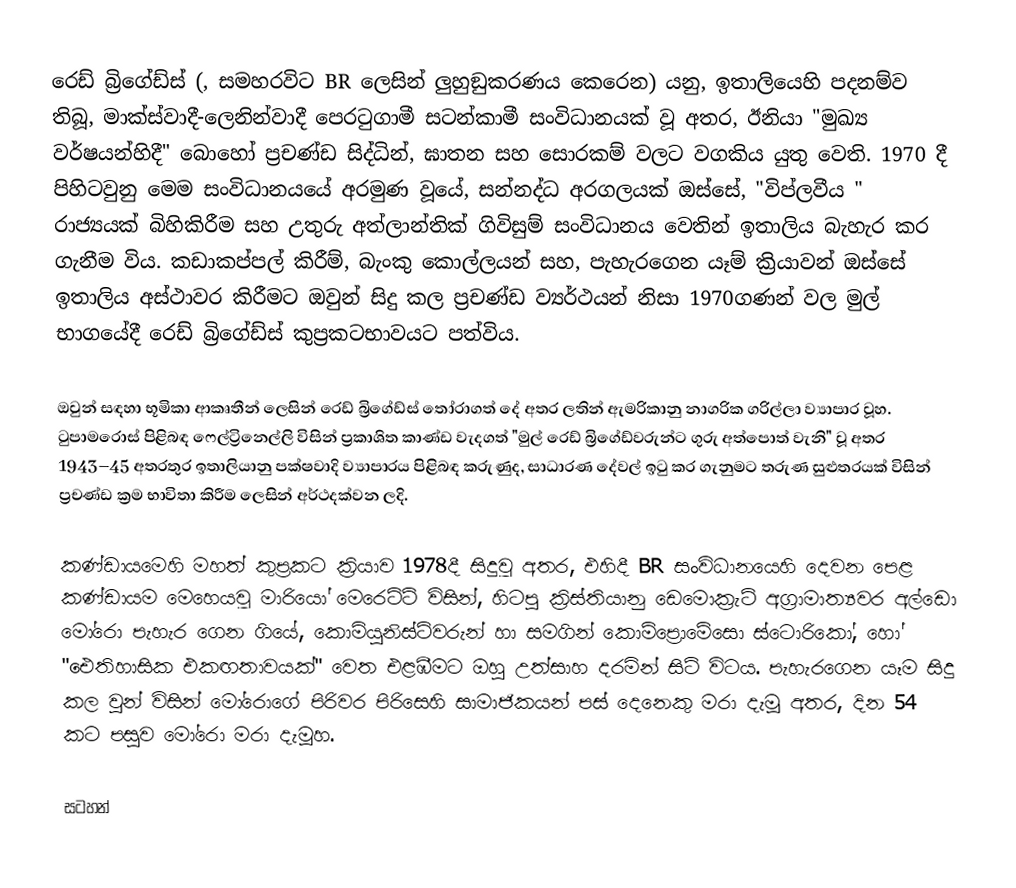
රෙඩ් බ්‍රිගේඩ්ස් (, සමහරවිට  BR ලෙසින් ලුහුඞුකරණය කෙරෙන) යනු, ඉතාලියෙහි පදනම්ව තිබූ,  මාක්ස්වාදී-ලෙනින්වාදී පෙරටුගාමී සටන්කාමී සංවිධානයක් වූ අතර, ඊනියා "මුඛ්‍ය වර්ෂයන්හිදී" බොහෝ ප්‍රචණ්ඩ සිද්ධින්, ඝාතන සහ සොරකම් වලට වගකිය යුතු වෙති. 1970 දී පිහිටවුනු මෙම සංවිධානයයේ අරමුණ වූයේ, සන්නද්ධ අරගලයක් ඔස්සේ, "විප්ලවීය " රාජ්‍යයක්  බිහිකිරීම සහ උතුරු අත්ලාන්තික් ගිවිසුම් සංවිධානය වෙතින් ඉතාලිය බැහැර කර ගැනීම විය. කඩාකප්පල් කිරීම්, බැංකු කොල්ලයන් සහ, පැහැරගෙන යෑම්  ක්‍රියාවන් ඔස්සේ ඉතාලිය අස්ථාවර කිරීමට ඔවුන් සිදු කල ප්‍රචණ්ඩ ව්‍යර්ථයන් නිසා 1970ගණන් වල මුල් භාගයේදී රෙඩ් බ්‍රිගේඩ්ස්  කුප්‍රකටභාවයට පත්විය.

ඔවුන් සඳහා භූමිකා ආකෘතීන් ලෙසින් රෙඩ් බ්‍රිගේඩ්ස් තෝරාගත් දේ අතර ලතින් ඇමරිකානු නාගරික ගරිල්ලා ව්‍යාපාර වූහ. ටුපාමරොස් පිළිබඳ  ෆෙල්ට්‍රිනෙල්ලි විසින් ප්‍රකාශිත කාණ්ඩ  වැදගත් "මුල් රෙඩ් බ්‍රිගේඩ්වරුන්ට ගුරු අත්පොත් වැනි" වූ අතර 1943–45 අතරතුර  ඉතාලියානු  පක්ෂවාදි ව්‍යාපාරය පිළිබඳ කරුණුද, සාධාරණ දේවල් ඉටු කර ගැනුමට තරුණ සුළුතරයක් විසින්  ප්‍රචණ්ඩ ක්‍රම  භාවිතා කිරීම ලෙසින් අර්ථදක්වන ලදි.

කණ්ඩායමෙහි මහත් කුප්‍රකට ක්‍රියාව 1978දී සිදුවූ අතර, එහිදී BR සංවිධානයෙහි දෙවන පෙළ කණ්ඩායම මෙහෙයවූ මාරියෝ මෙරෙට්ටි විසින්,  හිටපු ක්‍රිස්තියානු ඩෙමොක්‍රැට් අග්‍රාමාත්‍යවර  අල්ඩො මෝරො පැහැර ගෙන ගියේ, කොමියුනිස්ට්වරුන් හා සමගින්  කොම්ප්‍රොමේසො ස්ටොරිකෝ, හෝ "ඓතිහාසික එකඟතාවයක්" වෙත එළඹීමට ඔහු උත්සාහ දරමින් සිටි විටය. පැහැරගෙන යෑම  සිදු කල වුන් විසින් මෝරොගේ පිරිවර පිරිසෙහි සාමාජිකයන් පස් දෙනෙකු මරා දැමූ අතර, දින 54 කට පසුව මෝරො මරා දැමූහ.

සටහන්